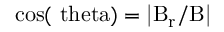
\mathrm { c o s ( \ t h e t a ) = | B _ { r } / B | }